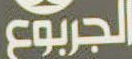
الجربوع